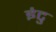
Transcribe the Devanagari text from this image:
इंटु